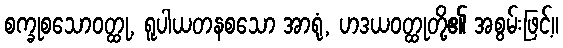
စက္ခုစသောဝတ္ထု, ရူပါယတနစသော အာရုံ, ဟဒယဝတ္ထုတို့၏ အစွမ်းဖြင့်။